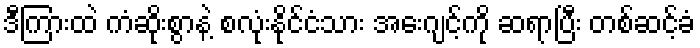
ဒီကြားထဲ ကံဆိုးစွာနဲ့ စလုံးနိုင်ငံသား အေးဂျင့်ကို ဆရာပြီး တစ်ဆင့်ခံ